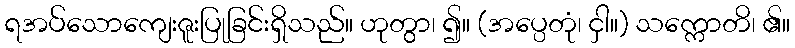
ရအပ်သောကျေးဇူးပြုခြင်းရှိသည်။ ဟုတွာ၊ ၍။ (အပ္ပေတုံ၊ ငှါ။) သက္ကောတိ၊ ၏။